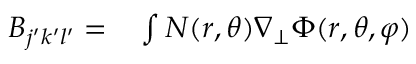
\begin{array} { r l } { B _ { j ^ { \prime } k ^ { \prime } l ^ { \prime } } = } & { { } \int N ( r , \theta ) \nabla _ { \perp } \Phi ( r , \theta , \varphi ) } \end{array}